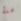
لهذا